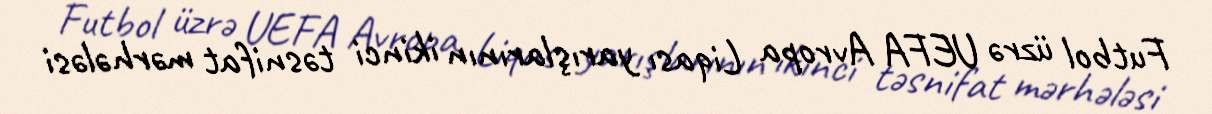
Futbol üzrə UEFA Avropa Liqası yarışlarının ikinci təsnifat mərhələsi